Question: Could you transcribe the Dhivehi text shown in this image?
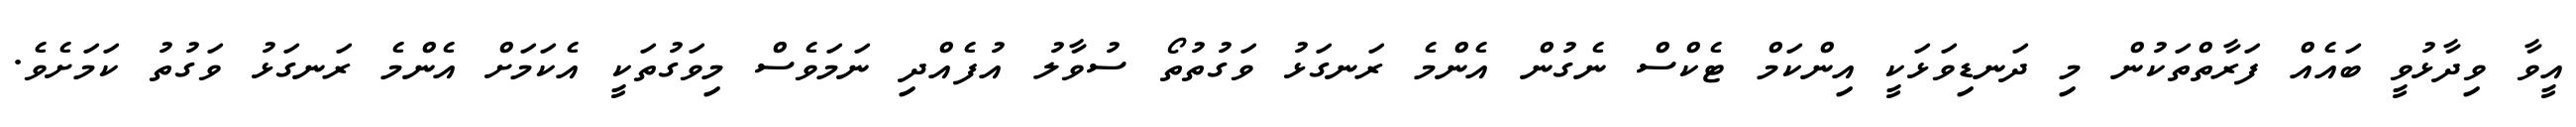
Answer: އީވާ ވިދާޅުވީ ބައެއް ފަރާތްތަކުން މި ދަނޑިވަޅަކީ އިންކަމް ޓެކްސް ނެގުން އެންމެ ރަނގަޅު ވަގުތުތޯ ސުވާލު އުފެއްދި ނަމަވެސް މިވަގުތަކީ އެކަމަށް އެންމެ ރަނގަޅު ވަގުތު ކަމަށެވެ.